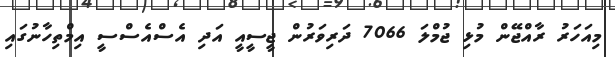
މިއަހަރު ރާއްޖޭން މުޅި ޖުމްލަ 7066 ދަރިވަރުން ޖީސީއީ އަދި އެސްއެސްސީ އިމްތިހާނުގައި